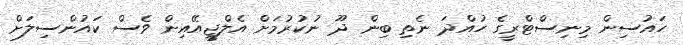
ހައުސިން މިނިސްޓްރީގެ ހުއްދަ ނެތި ބިން ދޫ ނުކުރުމަށް އެލްޖީއޭއިން ވެސް ކައުންސިލަށް